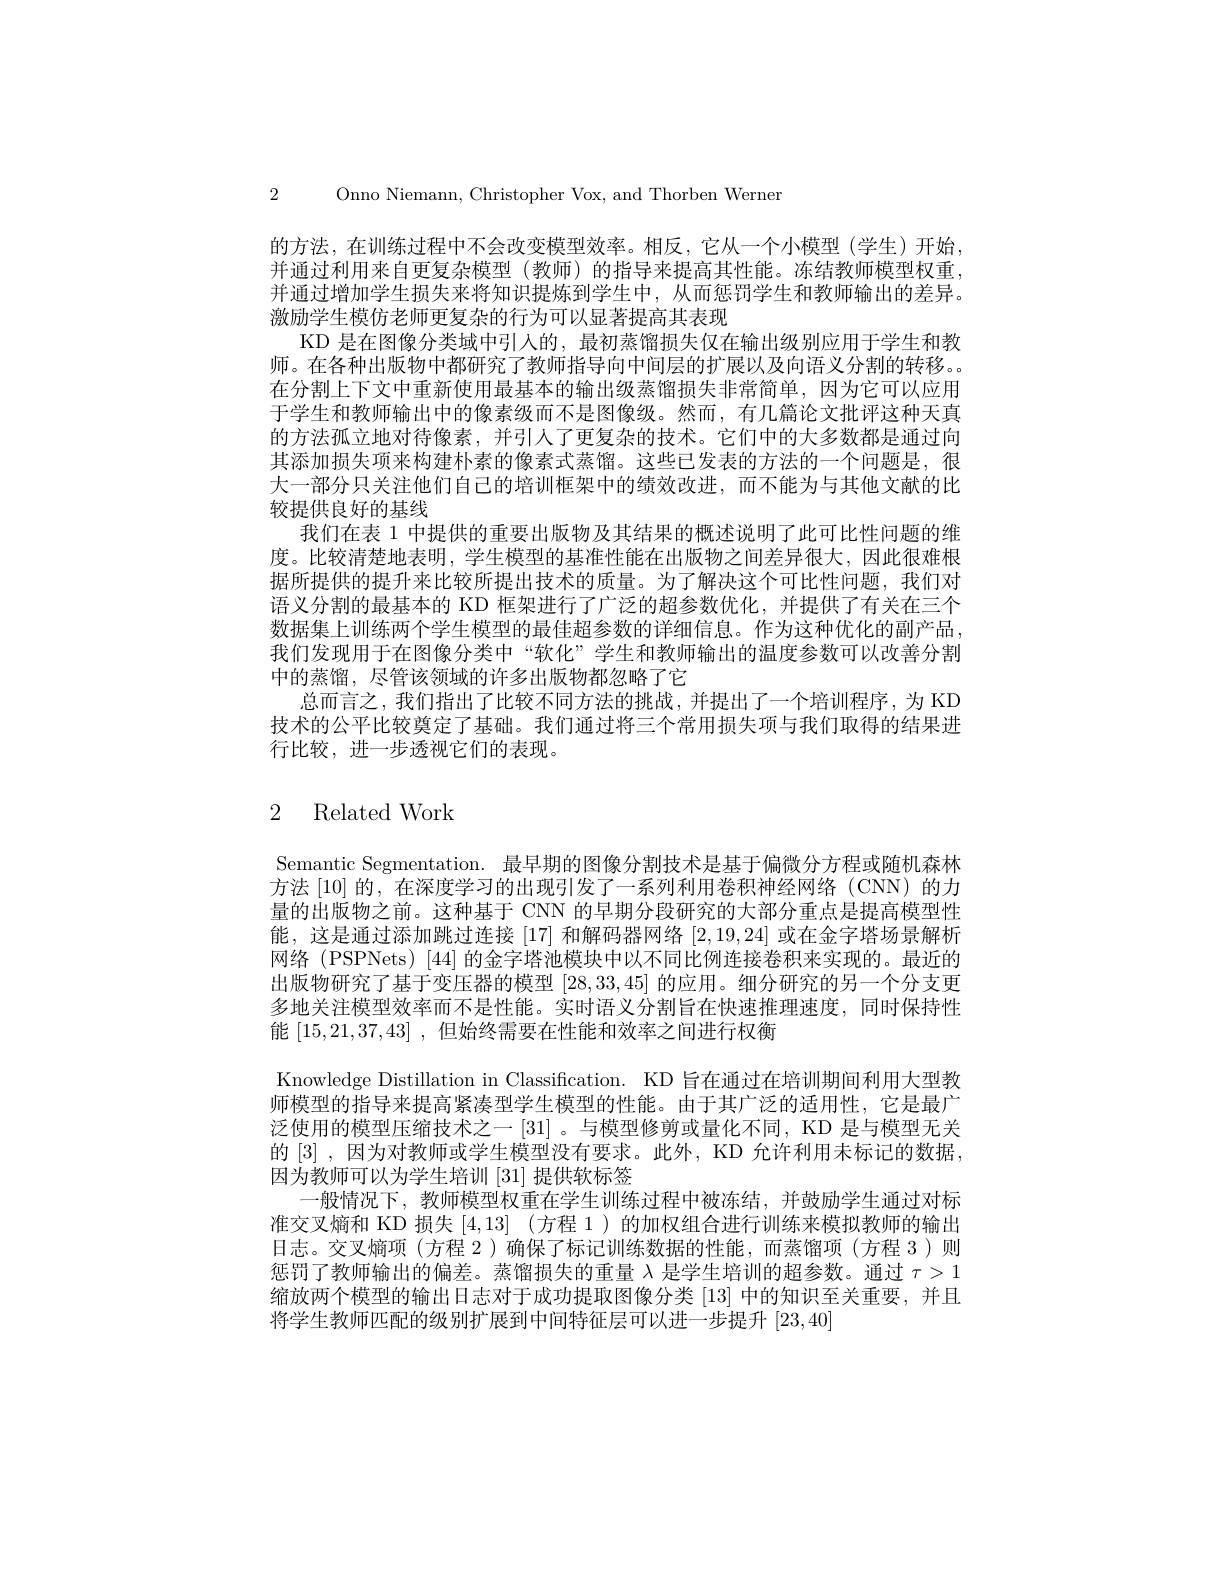
2 Onno Niemann, Christopher Vox, and Thorben Wernen

的方法，在训练过程中不会改变模型效率。相反，它从一个小模型(学生)开始， 并通过利用来自更复杂模型(教师)的指导来提高其性能。冻结教师模型权重， 开通过增加学生损失来将知识提炼到学生中，从而惩罚学生和教帅输出的差异。激励学生模仿老师更复杂的行为可以显著提高其表现
KD 是在图像分类域中引人的，最初蒸馏损失仅在输出级别应用于学生和教师。在各种出版物中都研究了教师指导向中间层的扩展以及向语义分割的转移。。在分割上下文中重新使用最基本的输出级蒸馏损失非常简单，因为它可以应用于学生和教师输出中的像素级而不是图像级。然而，有几篇论文批评这种天真的方法孤立地对待像素，并引人了更复杂的技术。它们中的大多数都是通过向其添加损失项来构建朴素的像素式蒸馏。这些已发表的方法的一个问题是，很大一部分只关注他们自己的培训框架中的绩效改进，而不能为与其他文献的比较提供良好的基线
我们在表 1 中提供的重要出版物及其结果的概述说明了此可比性问题的维度。比较清楚地表明，学生模型的基准性能在出版物之间差异很大，因此很难根据所提供的提升来比较所提出技术的质量。为了解决这个可比性问题，我们对语义分割的最基本的 KD 框架进行了广泛的超参数优化，并提供了有关在三个数据集上训练两个学生模型的最佳超参数的详细信息。作为这种优化的副产品， 我们发现用于在图像分类中“软化”学生和教师输出的温度参数可以改善分割中的蒸馏，尽管该领域的许多出版物都忽略了它
总而言之，我们指出了比较不同方法的挑战，并提出了一个培训程序，为 KD 技术的公平比较奠定了基础。我们通过将三个常用损失项与我们取得的结果进行比较，进一步透视它们的表现。

# 2 Related Work

Semantic Segmentation. 最早期的图像分割技术是基于偏微分方程或随机森林方法 [10] 的，在深度学习的出现引发了一系列利用卷积神经网络(CNN)的力量的出版物之前。这种基于 CNN 的早期分段研究的大部分重点是提高模型性能，这是通过添加跳过连接 [17] 和解码器网络[2,19,24]或在金字塔场景解析网络 (PSPNets) [44] 的金字塔池模块中以不同比例连接卷积来实现的。最近的出版物研究了基于变压器的模型[28,33,45]的应用。细分研究的另一个分支更多地关注模型效率而不是性能。实时语义分割旨在快速推理速度，同时保持性能[15,21,37,43] ,但始终需要在性能和效率之间进行权衡
Knowledge Distillation in Classification. KD 旨在通过在培训期间利用大型教师模型的指导来提高紧凑型学生模型的性能。由于其广泛的适用性，它是最广泛使用的模型压缩技术之一[31] 。与模型修剪或量化不同，KD 是与模型无关的 [3],因为对教师或学生模型没有要求。此外，KD 允许利用未标记的数据， 因为教师可以为学生培训[31]提供软标签
一般情况下，教师模型权重在学生训练过程中被冻结，并鼓励学生通过对标准交叉熵和 KD 损失[4,13] (方程 1)的加权组合进行训练来模拟教师的输出日志。交叉熵项(方程 2)确保了标记训练数据的性能，而蒸馏项(方程 3)则惩罚了教师输出的偏差。蒸馏损失的重量$\lambda$是学生培训的超参数。通过$\tau>1$ 缩放两个模型的输出日志对于成功提取图像分类 [13] 中的知识至关重要，并且将学生教师匹配的级别扩展到中间特征层可以进一步提升[23,40]